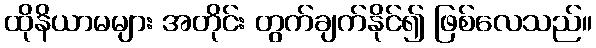
ထိုနိယာမများ အတိုင်း တွက်ချက်နိုင်၍ ဖြစ်လေသည်။